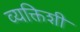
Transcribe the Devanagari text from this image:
व्यक्तिशी